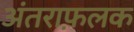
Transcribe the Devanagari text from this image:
अंतराफ़लक